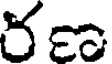
రణ